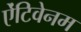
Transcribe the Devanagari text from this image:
ऐंटिवेनम